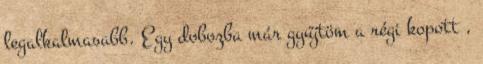
legalkalmasabb. Egy dobozba már gyűjtöm a régi kopott ,